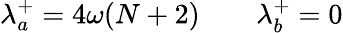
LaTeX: \lambda_{a}^{+}=4\omega(N+2)\qquad\lambda_{b}^{+}=0